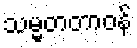
သမ္မတတာဝန်